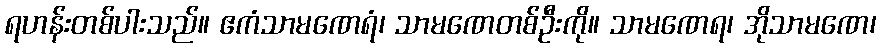
ရဟန်းတစ်ပါးသည်။ ဧကံသာမဏေရံ၊ သာမဏေတစ်ဦးကို။ သာမဏေရ၊ အိုသာမဏေ၊